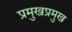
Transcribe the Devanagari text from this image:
प्रमुखप्रमुख